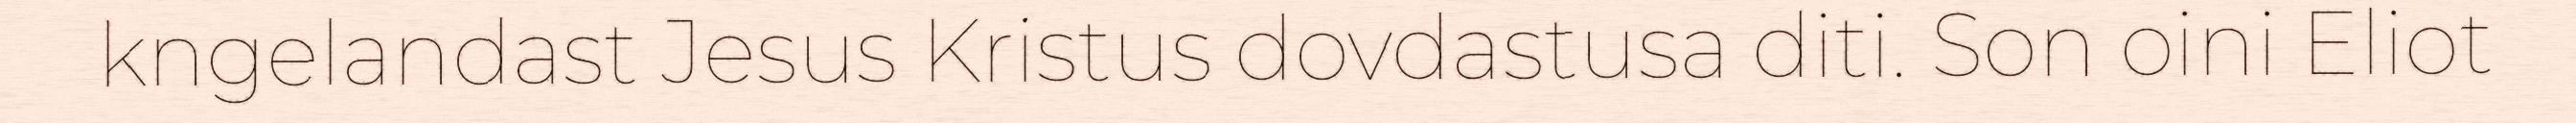
kngelandast Jesus Kristus dovdastusa diti. Son oini Eliot